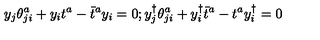
y _ { j } \theta _ { j i } ^ { a } + y _ { i } t ^ { a } - \bar { t } ^ { a } y _ { i } = 0 ; y _ { j } ^ { \dagger } \theta _ { j i } ^ { a } + y _ { i } ^ { \dagger } \bar { t } ^ { a } - t ^ { a } y _ { i } ^ { \dagger } = 0